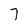
Character: 7